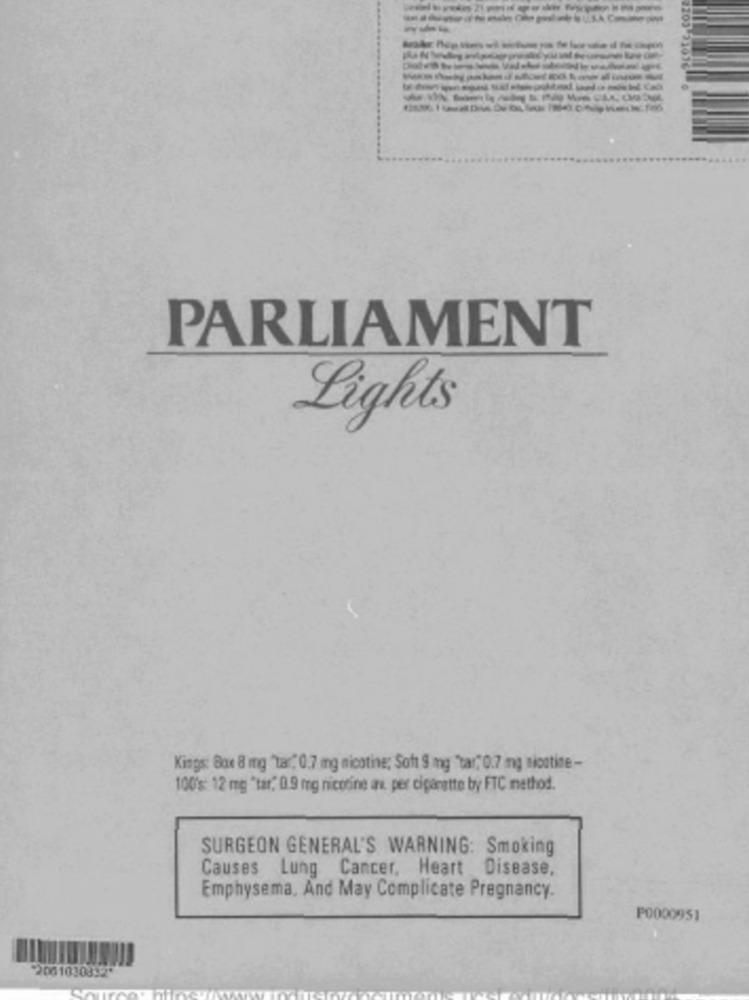
(200 31
-------------
PARLIAMENT
Lights
Kings: Box 8 mg "tar, 0,7 mg nicotine; Soft 9 mg "tar, 0.7 mg nicotine -
100's: 12 mg "tar, 0.9 mg nicotine av. per cigarette by FTC method.
SURGEON GENERAL'S WARNING: Smoking
Causes Lung Cancer, Heart Disease,
Emphysema, And May Complicate Pregnancy.
P0000951